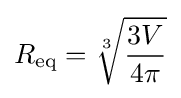
R_{\text{eq}}={\sqrt[{3}]{\frac {3V}{4\pi }}}